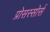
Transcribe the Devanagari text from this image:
प्रोसस्सोर्स